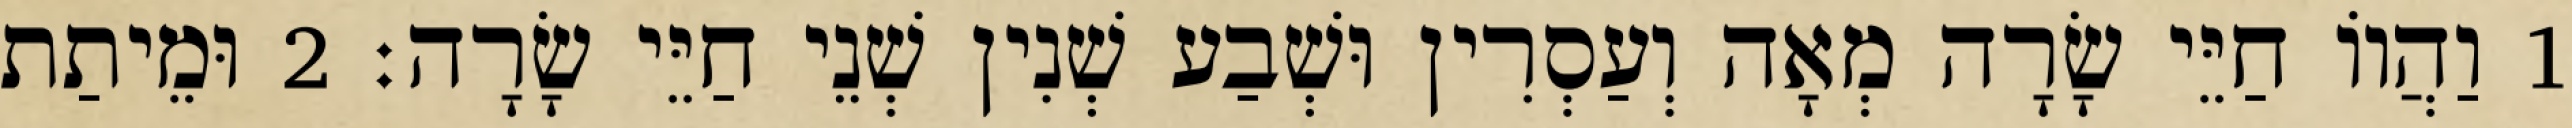
1 וַהֲווֹ חַיֵּי שָׂרָה מְאָה וְעַסְרִין וּשְׁבַע שְׁנִין שְׁנֵי חַיֵּי שָׂרָה׃ 2 וּמֵיתַת